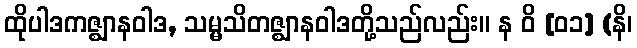
ထိုပါဒကဇ္ဈာနဝါဒ, သမ္မသိတဇ္ဈာနဝါဒတို့သည်လည်း။ န ဝိ [၀၁] (နိ၊